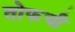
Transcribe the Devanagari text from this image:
तोफची